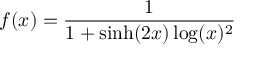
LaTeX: f ( x ) = { \frac { 1 } { 1 + \sinh ( 2 x ) \log ( x ) ^ { 2 } } }